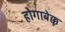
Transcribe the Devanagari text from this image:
होगाबेक्कू